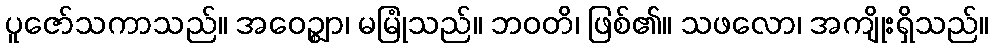
ပူဇော်သကာသည်။ အဝေဉ္ဈာ၊ မမြုံသည်။ ဘဝတိ၊ ဖြစ်၏။ သဖလော၊ အကျိုးရှိသည်။